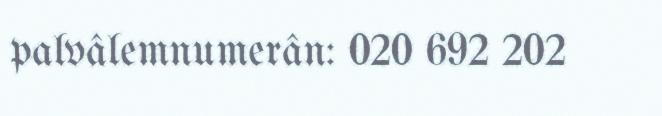
palvâlemnumerân: 020 692 202